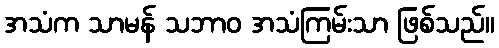
အသံက သာမန် သဘာဝ အသံကြမ်းသာ ဖြစ်သည်။